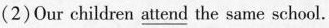
(2)0ur children \underline{attend} the same school.